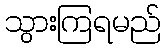
သွားကြရမည်